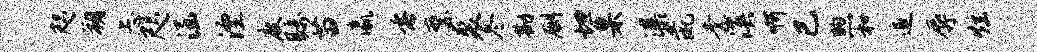
咫朔忐咫涵湮度瞩苗瀛垂縻裘冬勘劂坦臬瀑彘柰溟啊已煦和追辱炫